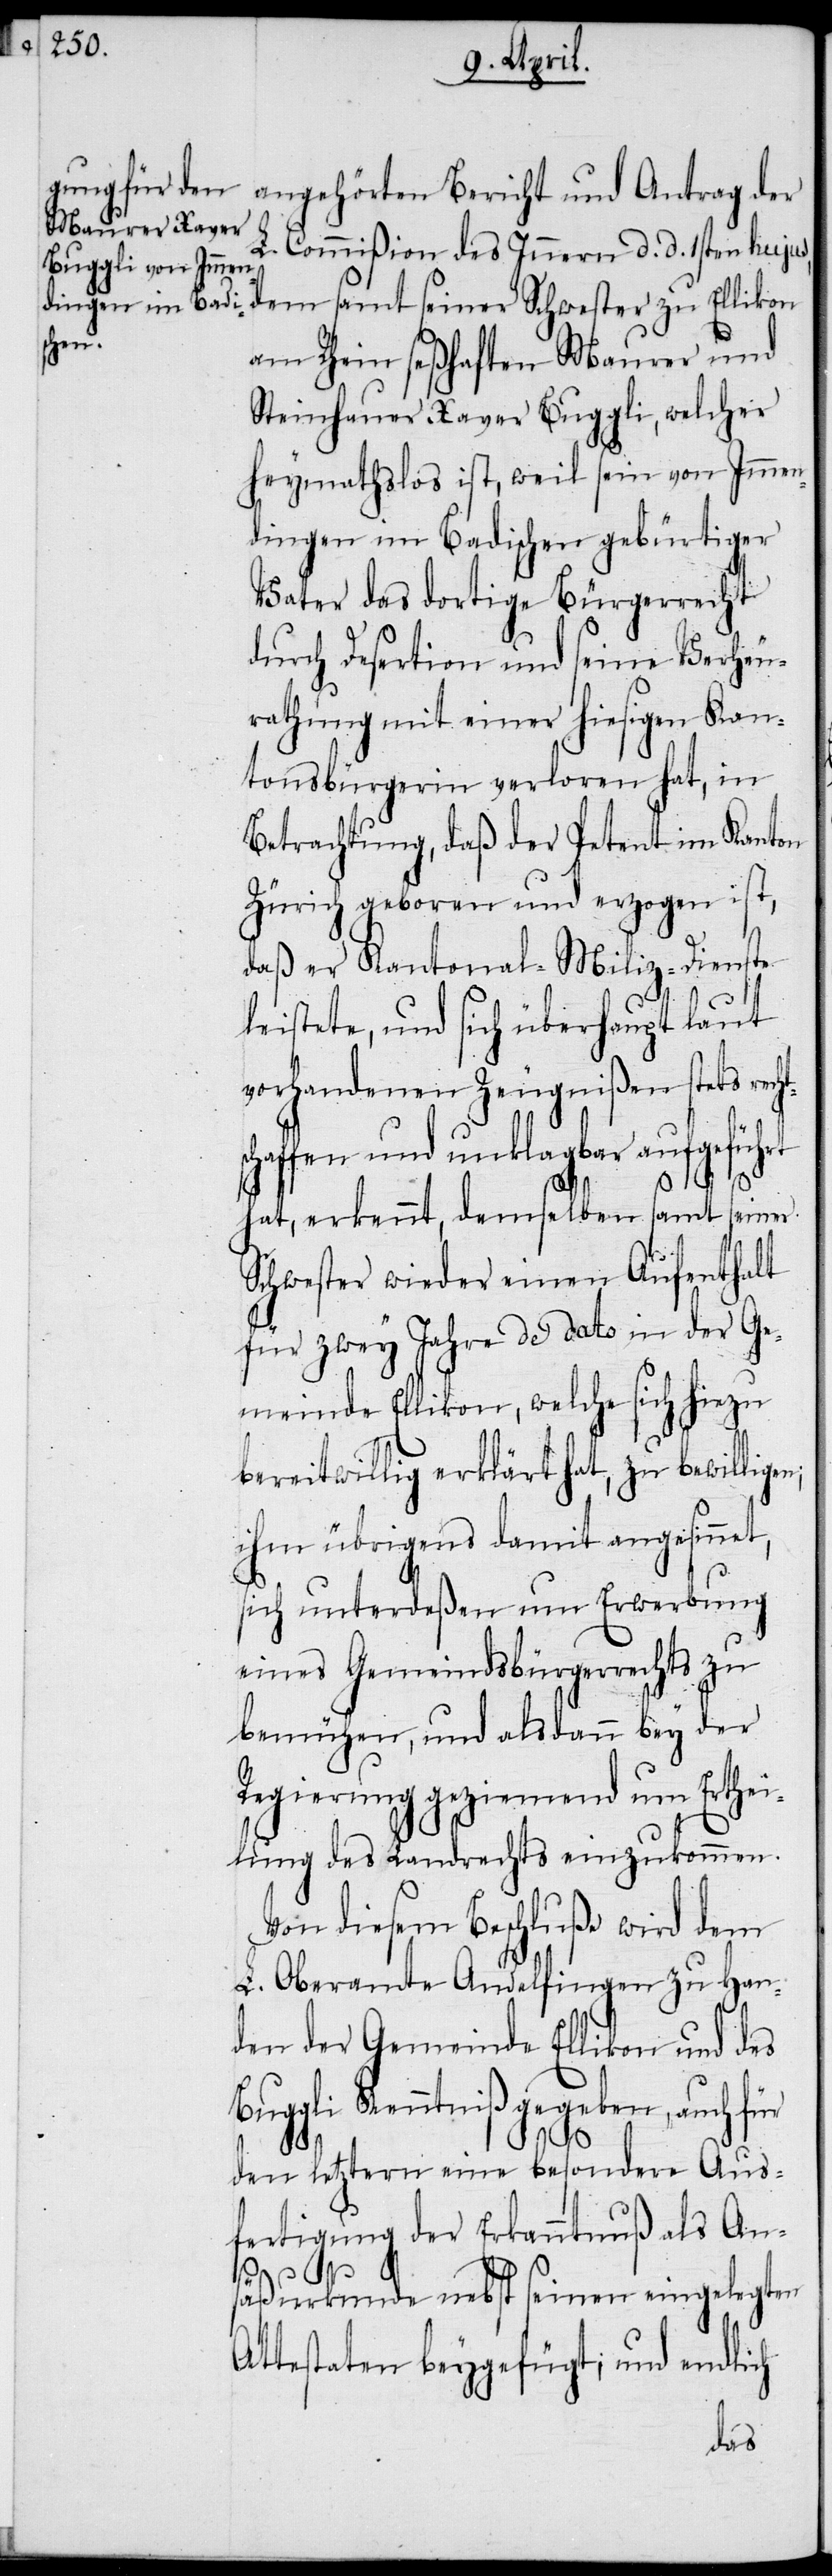
angehörten Bericht und Antrag der
t,
Commißion des Innern d. d. 1sten hujus,
dem samt seiner Schwester zu Ellikon
am Rhein seßhaften Maurer und
Steinhauer Xaver Buggli, welcher
heymathslos ist, weil sein von Immen¬
dingen im Badischen gebürtiger
Vater das dortige Bürgerrecht
durch Desertion und seine Verheu¬
rathung mit einer hiesigen Kan¬
tonsbürgerin verloren hat, in
Betrachtung, daß der Petent im Kanton
Zürich geboren und erzogen ist,
daß er Kantonal-Miliz-Dienste
leistete, und sich überhaupt laut
vorhandenen Zeugnißen stets rech¬
chaffen und unklagbar aufgeführt
hat, erkennt, demselben samt seiner
Schwester wieder einen Aufenthalt
für zwey Jahre de dato in der Ge¬
meinde Ellikon, welche sich hiezu
bereitwillig erklärt hat, zu bewillige¬
ihm übrigens damit angesinne¬
sich unterdeßen um Erwerbung
eines Gemeindsbürgerrechts zu
bemühen, und alsdann bey der
Regierung geziemend um Erthei¬
lung des Landrechts einzukommen.
Von diesem Beschluße wird dem
L. Oberamte Andelfingen zu Han¬
den der Gemeinde Ellikon und des
Buggli Kenntniß gegeben, auch für
den letztern eine besondere Aus¬
fertigung der Erkanntnuß als An¬
säßurkunde nebst seinen eingelegten
Attestaten beygefügt; und endlich